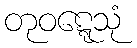
တုဝဋ္ဋေသုံ